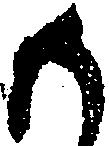
も